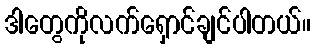
ဒါတွေကိုလက်ရှောင်ချင်ပါတယ်။